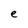
Character: e